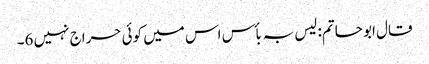
قال ابو حاتم: لیس بہ بأس اس میں کوئی حراج نہیں 6۔